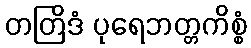
တတြိဒံ ပုရေဘတ္တကိစ္စံ